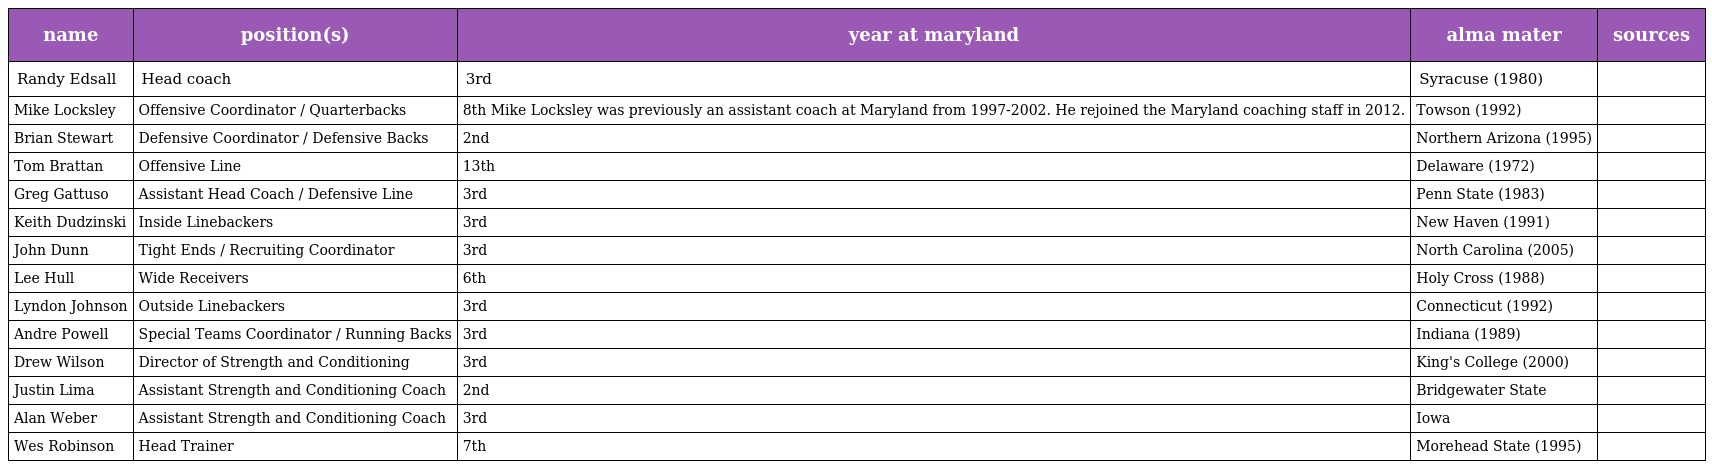
| name | position(s) | year at maryland | alma mater | sources |
 | --- | --- | --- | --- | --- |
 | Randy Edsall | Head coach | 3rd | Syracuse (1980) |  |
 | Mike Locksley | Offensive Coordinator / Quarterbacks | 8th Mike Locksley was previously an assistant coach at Maryland from 1997-2002. He rejoined the Maryland coaching staff in 2012. | Towson (1992) |  |
 | Brian Stewart | Defensive Coordinator / Defensive Backs | 2nd | Northern Arizona (1995) |  |
 | Tom Brattan | Offensive Line | 13th | Delaware (1972) |  |
 | Greg Gattuso | Assistant Head Coach / Defensive Line | 3rd | Penn State (1983) |  |
 | Keith Dudzinski | Inside Linebackers | 3rd | New Haven (1991) |  |
 | John Dunn | Tight Ends / Recruiting Coordinator | 3rd | North Carolina (2005) |  |
 | Lee Hull | Wide Receivers | 6th | Holy Cross (1988) |  |
 | Lyndon Johnson | Outside Linebackers | 3rd | Connecticut (1992) |  |
 | Andre Powell | Special Teams Coordinator / Running Backs | 3rd | Indiana (1989) |  |
 | Drew Wilson | Director of Strength and Conditioning | 3rd | King's College (2000) |  |
 | Justin Lima | Assistant Strength and Conditioning Coach | 2nd | Bridgewater State |  |
 | Alan Weber | Assistant Strength and Conditioning Coach | 3rd | Iowa |  |
 | Wes Robinson | Head Trainer | 7th | Morehead State (1995) |  |